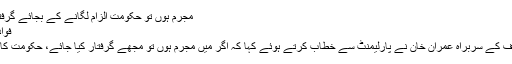
مجرم ہوں تو حکومت الزام لگانے کے بجائے گرفتار کرے: عمران خان -
فواد رضا 18 مئی 2016
اسلام آباد: تحریک انصاف کے سربراہ عمران خان نے پارلیمنٹ سے خطاب کرتے ہوئے کہا کہ اگر میں مجرم ہوں تو مجھے گرفتار کیا جائے، حکومت کا کام الزام لگانا نہیں ہے۔